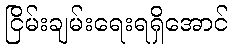
ငြိမ်းချမ်းရေးရရှိအောင်